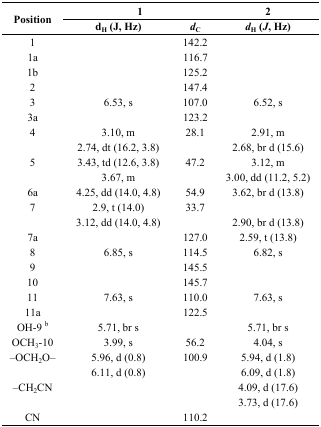
| <ROWSPAN=2> Position | <COLSPAN=2> 1 | 2 |
 | dH (J, Hz) | dC | dH (J, Hz) |
 | --- | --- | --- | --- |
 | 1 |  | 142.2 |  |
 | 1a |  | 116.7 |  |
 | 1b |  | 125.2 |  |
 | 2 |  | 147.4 |  |
 | 3 | 6.53, s | 107.0 | 6.52, s |
 | 3a |  | 123.2 |  |
 | 4 | 3.10, m | 28.1 | 2.91, m |
 |  | 2.74, dt (16.2, 3.8) |  | 2.68, br d (15.6) |
 | 5 | 3.43, td (12.6, 3.8) | 47.2 | 3.12, m |
 |  | 3.67, m |  | 3.00, dd (11.2, 5.2) |
 | 6a | 4.25, dd (14.0, 4.8) | 54.9 | 3.62, br d (13.8) |
 | 7 | 2.9, t (14.0) | 33.7 |  |
 |  | 3.12, dd (14.0, 4.8) |  | 2.90, br d (13.8) |
 | 7a |  | 127.0 | 2.59, t (13.8) |
 | 8 | 6.85, s | 114.5 | 6.82, s |
 | 9 |  | 145.5 |  |
 | 10 |  | 145.7 |  |
 | 11 | 7.63, s | 110.0 | 7.63, s |
 | 11a |  | 122.5 |  |
 | OH-9 b | 5.71, br s |  | 5.71, br s |
 | OCH3-10 | 3.99, s | 56.2 | 4.04, s |
 | –OCH2O– | 5.96, d (0.8) | 100.9 | 5.94, d (1.8) |
 |  | 6.11, d (0.8) |  | 6.09, d (1.8) |
 | –CH2CN |  |  | 4.09, d (17.6) |
 |  |  |  | 3.73, d (17.6) |
 | CN |  | 110.2 |  |